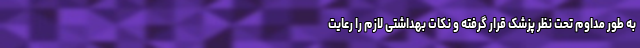
به طور مداوم تحت نظر پزشک قرار گرفته و نکات بهداشتی لازم را رعایت